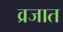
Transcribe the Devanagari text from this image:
व्रजात